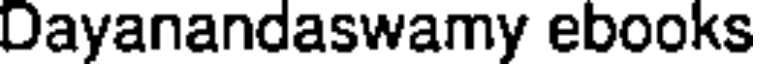
Dayanandaswamy ebooks